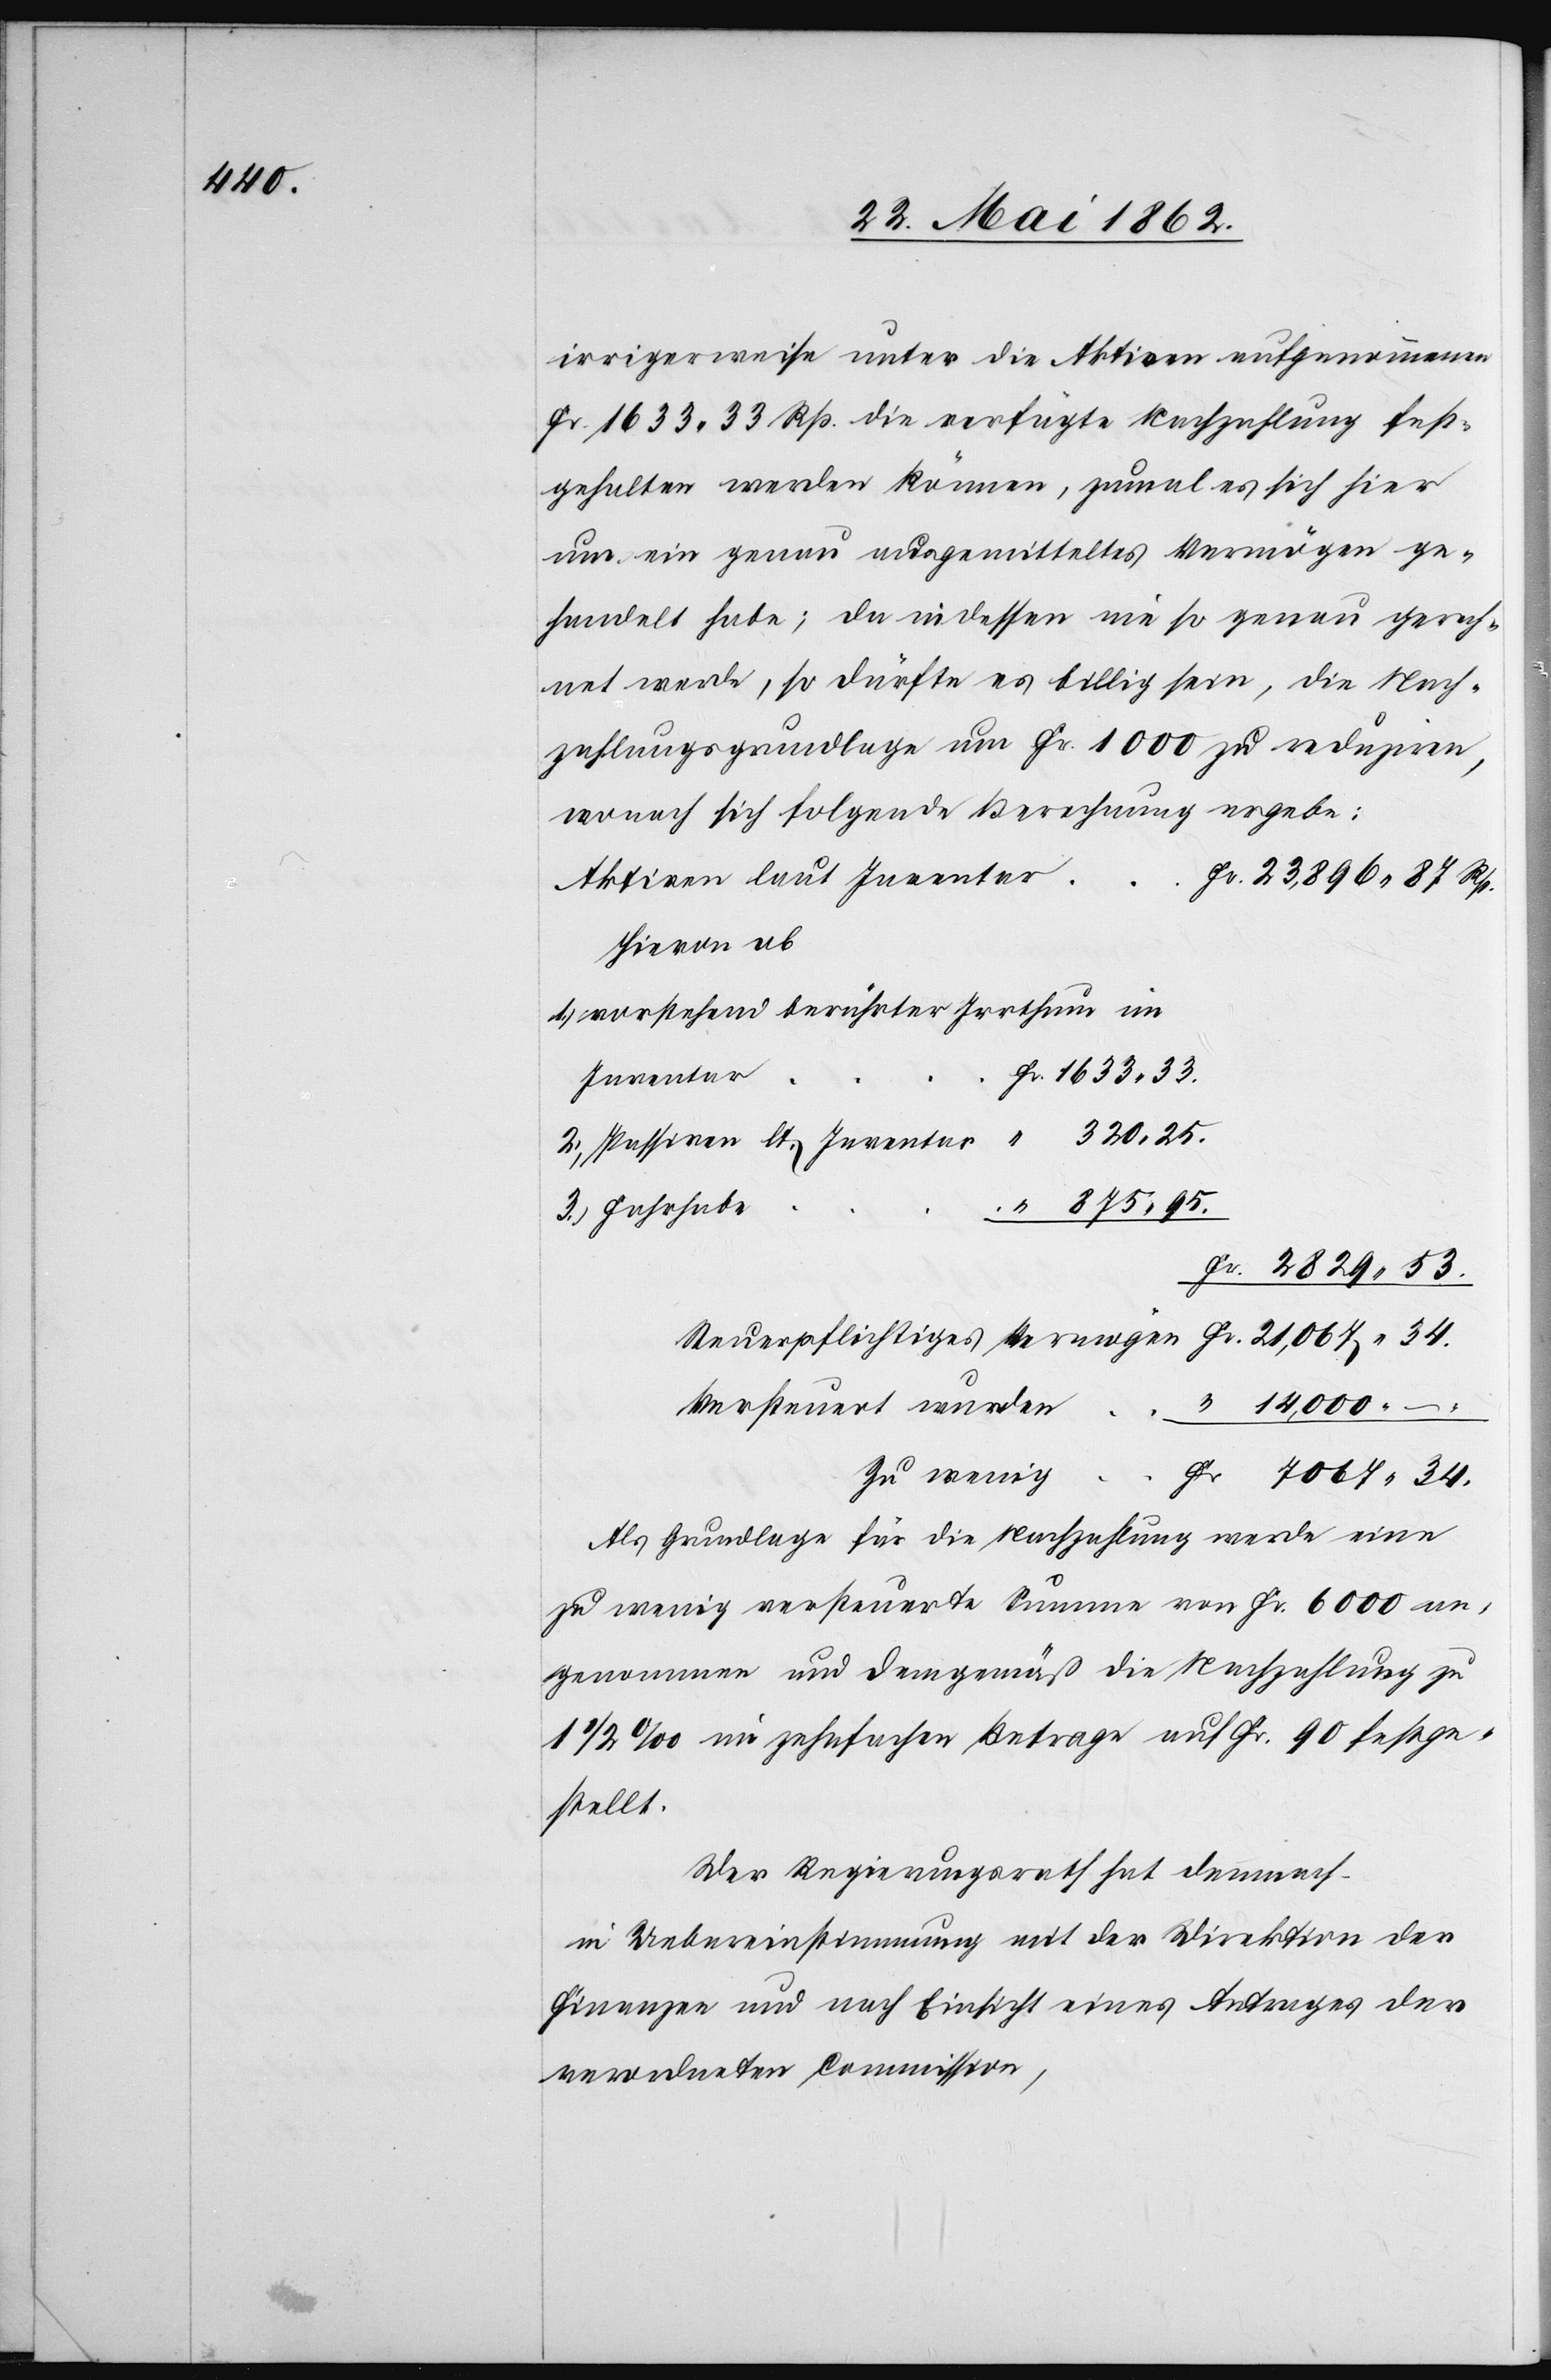
irrigerweise unter die Aktiven aufgenommenen
Fr. 1633 33 Rp. die verfügte Nachzahlung fest¬
gehalten werden können, zumal es sich hier
um ein genau ausgemitteltes Vermögen ge¬
handelt habe; da indessen nie so genau gerech¬
net werde, so dürfte es billig sein, die Nach¬
zahlungsgrundlage um Fr. 1000 zu reduziren,
wonach sich folgende Berechnung ergebe:
Aktiven laut Inventar
Hievon ab
1. vorstehend beruhter Irrthum im
Inventar
25
3. Fahrhabe
Versteuert wurden
zu wenig
Als Grundlage für die Nachzahlung werde eine
zu wenig versteuerte Summe von Fr. 6000 an¬
genommen und demgemäß die Nachzahlung zu
1 1/2‰ im zehnfachen Betrage auf Fr. 90 festge¬
stellt.
Der Regierungsrath hat demnach
in Uebereinstimmung mit der Direktion der
Finanzen und nach Einsicht eines Antrages der
verordneten Commission,